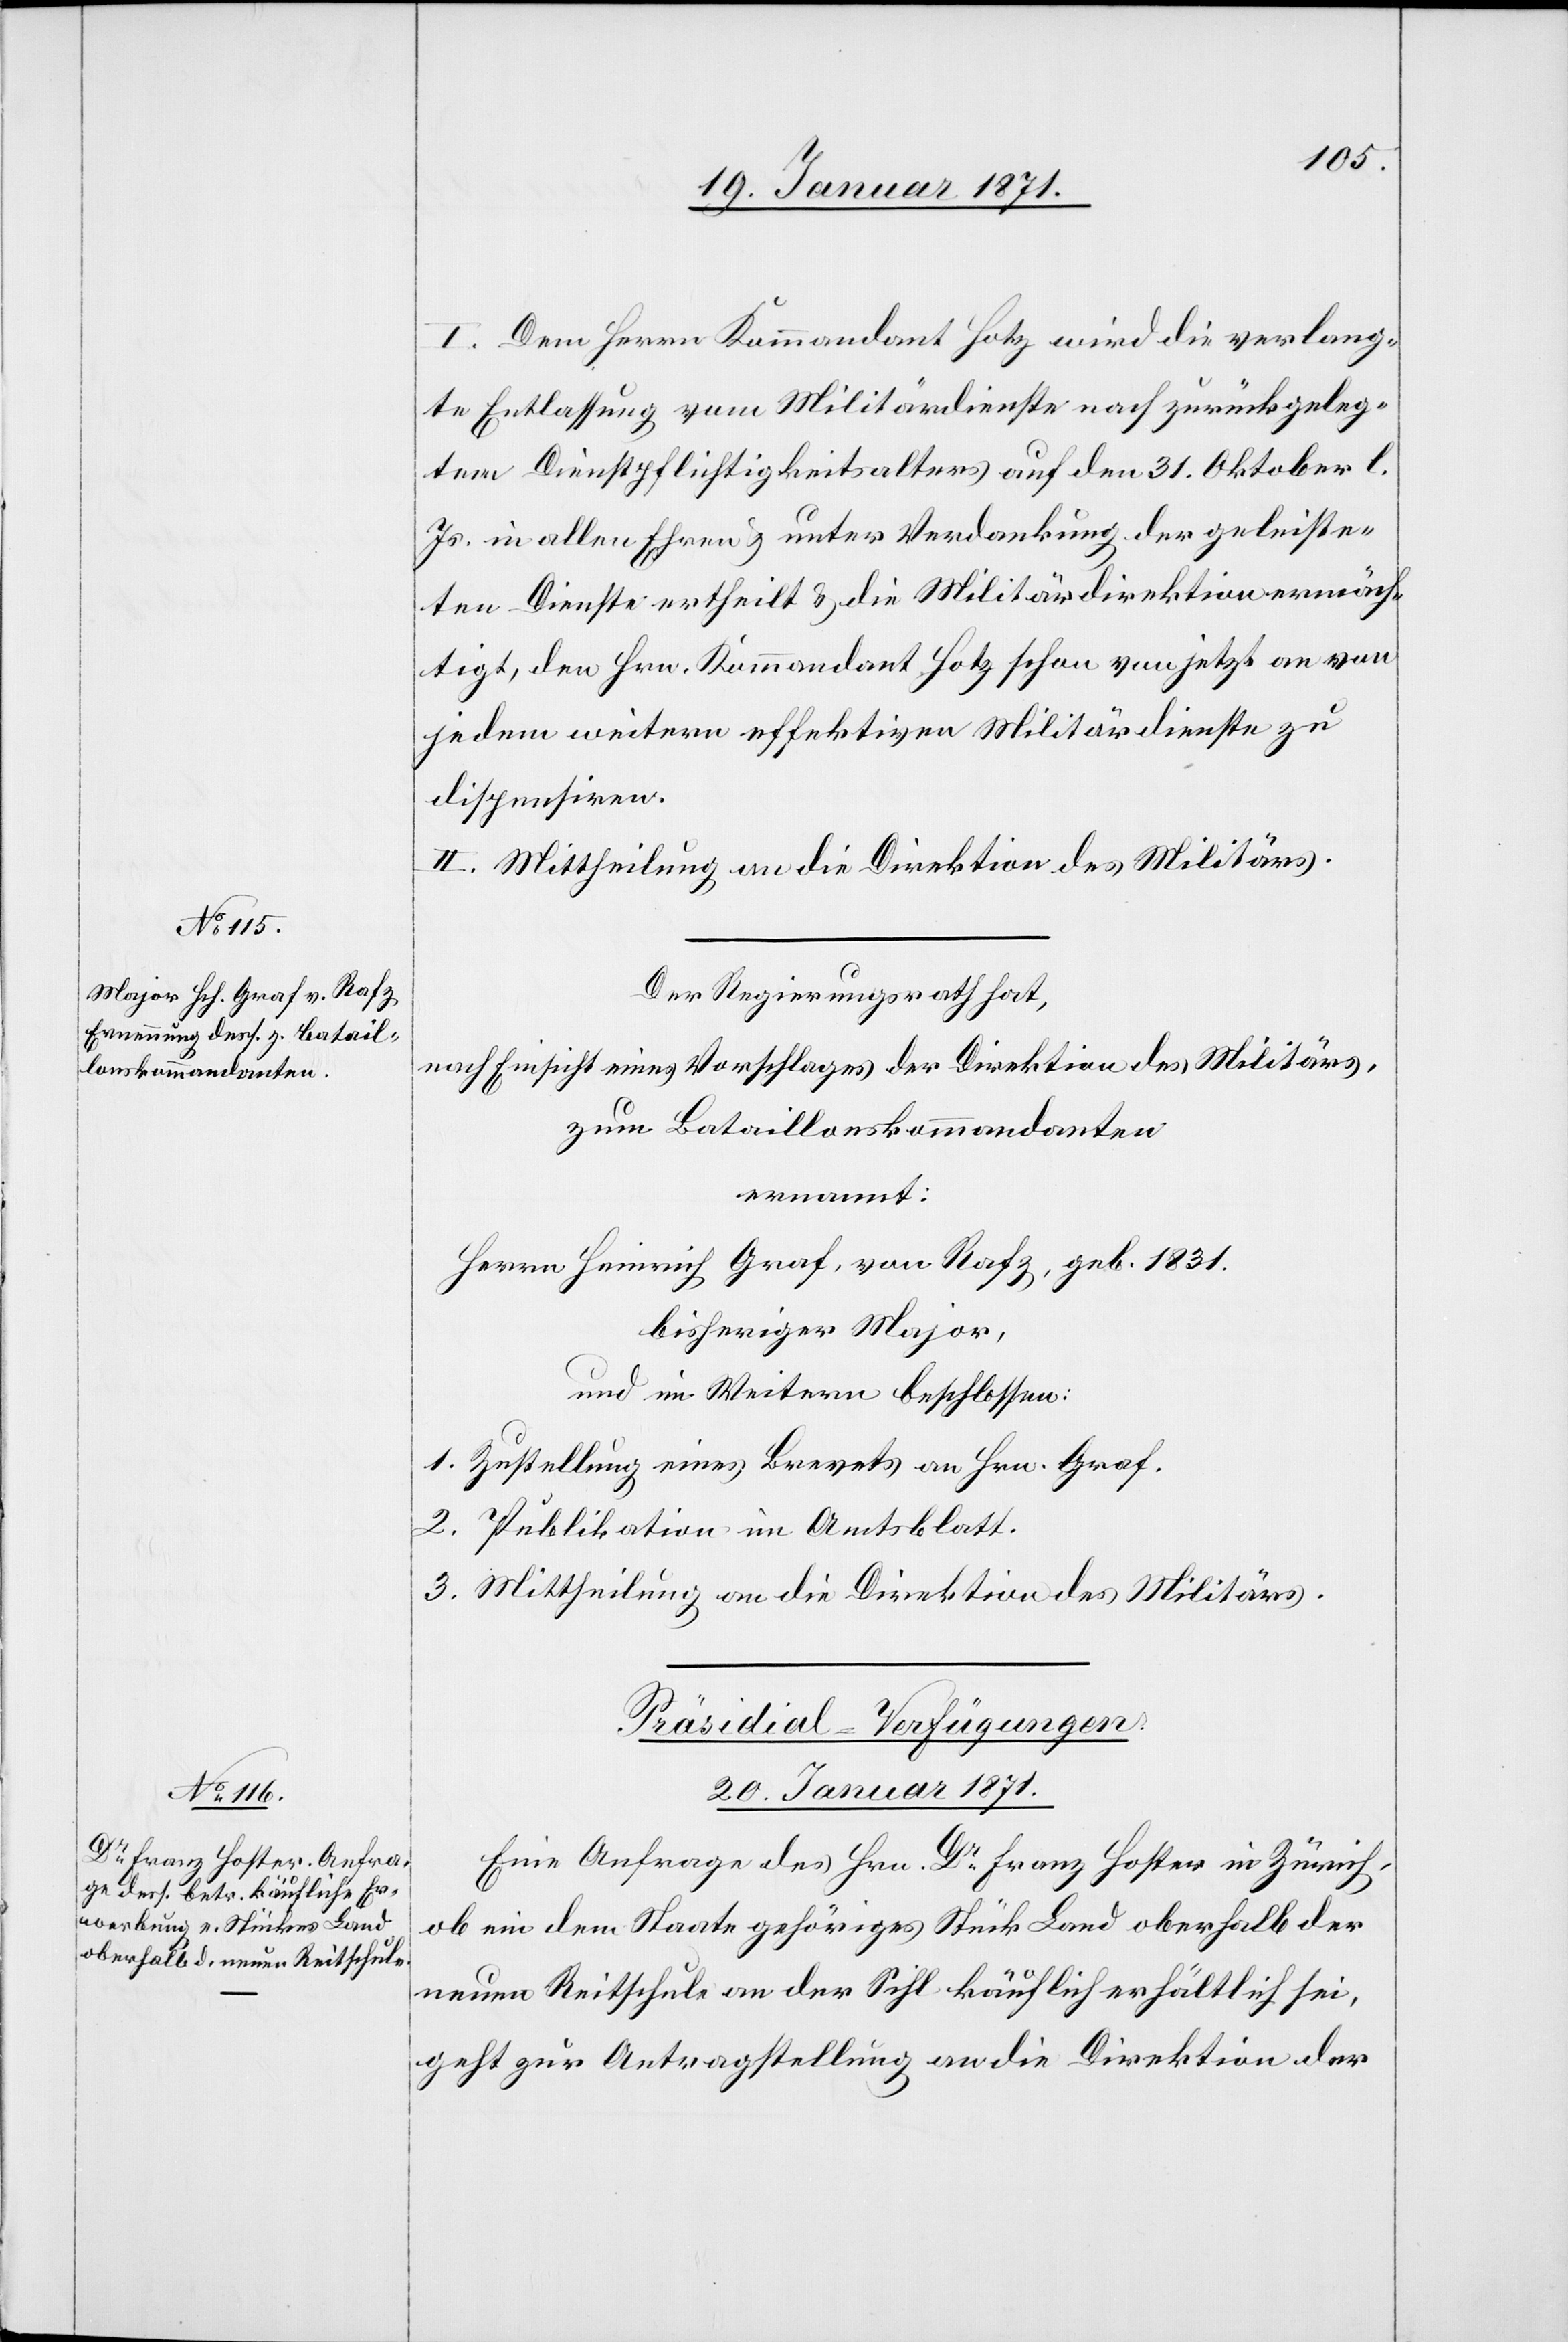
I. Dem Herrn Kommandant Hotz wird die verlang¬
te Entlassung vom Militärdienste nach zurückgeleg¬
tem Dienstpflichtigkeitsalter auf den 31. Oktober d.
Js in allen Ehren u. unter Verdankung der geleiste¬
ten Dienste ertheilt u. die Militärdirektion ermäch¬
tigt, den Hrn. Kommandant Hotz schon von jetzt an von
jedem weitern effektiven Militärdienste zu
dispensiren.
II. Mittheilung an die Direktion des Militärs.
Der Regierungsrath hat,
nach Einsicht eines Vorschlages der Direktion des Militärs,
zum Bataillonskommandanten
ernannt:
Herrn Heinrich Graf, von Rafz, geb. 1831.
bisheriger Major,
und im Weitern beschlossen:
1. Zustellung eines Brevets an Hrn. Graf
2. Publikation im Amtsblatt.
3. Mittheilung an die Direktion des Militärs.
Präsidial-Verfügungen
20. Januar 1871.
Eine Anfrage des Hrn. Dr. Franz Hoster in Zürich,
ob ein dem Staate gehöriges Stück Land oberhalb der
neuen Reitschule an der Sihl käuflich erhältlich sei,
geht zur Antragstellung an die Direktion der